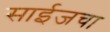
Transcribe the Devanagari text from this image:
साईजचा